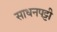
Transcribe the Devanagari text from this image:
साधनपट्टी